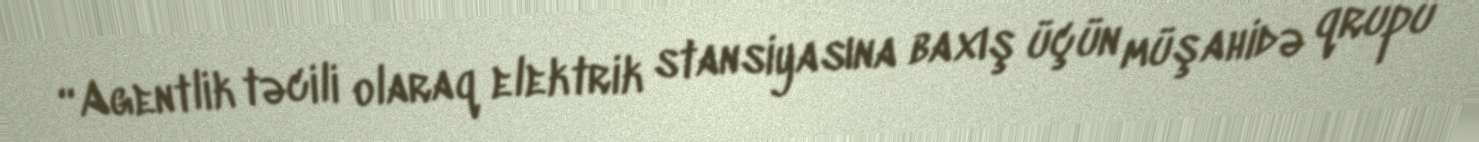
“Agentlik təcili olaraq elektrik stansiyasına baxış üçün müşahidə qrupu